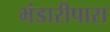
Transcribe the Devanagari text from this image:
भंडारीपारा